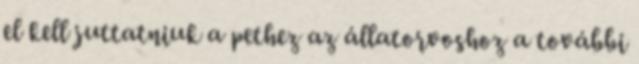
el kell juttatniuk a pethez az állatorvoshoz a további